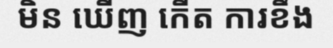
មិន ឃើញ កើត ការខឹង